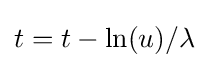
t=t-\ln(u)/\lambda